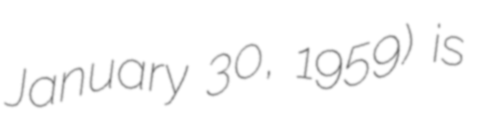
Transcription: January 30, 1959) is